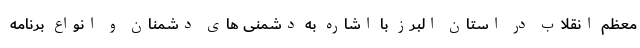
معظم انقلاب در استان البرز با اشاره به دشمنی های دشمنان و انواع برنامه